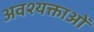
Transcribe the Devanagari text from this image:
अवश्यक्ताओं